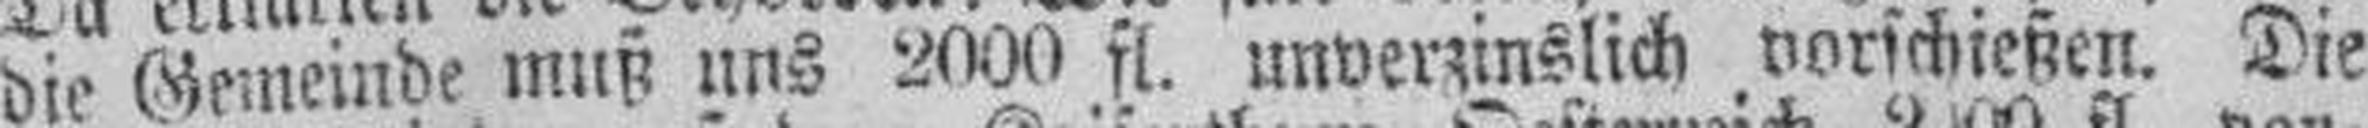
die Geineinde muß uns 2000 fl. unverzinslich vorschießen. Die